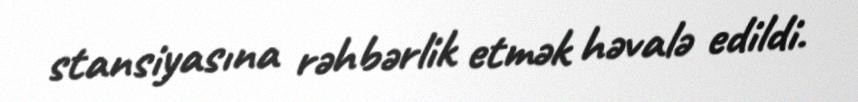
stansiyasına rəhbərlik etmək həvalə edildi.